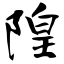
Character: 隍